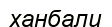
ханбали